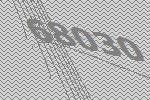
68030